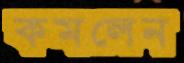
কমলেন